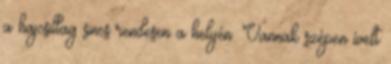
a hajcsillag sincs rendesen a helyén. Vannak szépen ívelt